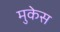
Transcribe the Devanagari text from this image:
मुकेस